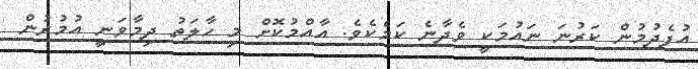
އުފެދުމުން ކަރުނަ ނައުމަކީ ވެދާނެ ކަމެކެވެ. އާއްމުކޮށް މި ހާލަތު ދިމާވަނީ އުމުރުން